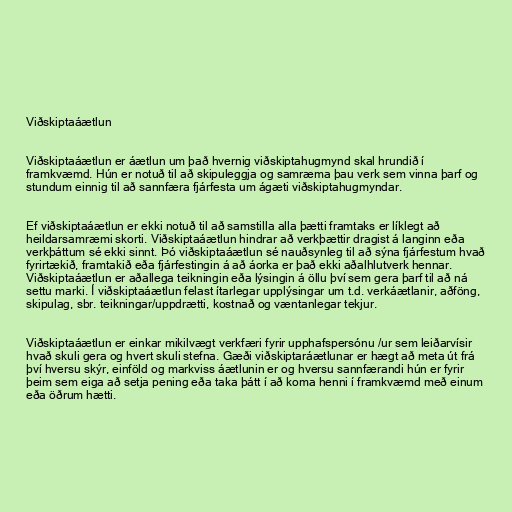
Viðskiptaáætlun

Viðskiptaáætlun er áætlun um það hvernig viðskiptahugmynd skal hrundið í
framkvæmd. Hún er notuð til að skipuleggja og samræma þau verk sem vinna þarf og
stundum einnig til að sannfæra fjárfesta um ágæti viðskiptahugmyndar.

Ef viðskiptaáætlun er ekki notuð til að samstilla alla þætti framtaks er líklegt að
heildarsamræmi skorti. Viðskiptaáætlun hindrar að verkþættir dragist á langinn eða
verkþáttum sé ekki sinnt. Þó viðskiptaáætlun sé nauðsynleg til að sýna fjárfestum hvað
fyrirtækið, framtakið eða fjárfestingin á að áorka er það ekki aðalhlutverk hennar.
Viðskiptaáætlun er aðallega teikningin eða lýsingin á öllu því sem gera þarf til að ná
settu marki. Í viðskiptaáætlun felast ítarlegar upplýsingar um t.d. verkáætlanir, aðföng,
skipulag, sbr. teikningar/uppdrætti, kostnað og væntanlegar tekjur.

Viðskiptaáætlun er einkar mikilvægt verkfæri fyrir upphafspersónu /ur sem leiðarvísir
hvað skuli gera og hvert skuli stefna. Gæði viðskiptaráætlunar er hægt að meta út frá
því hversu skýr, einföld og markviss áætlunin er og hversu sannfærandi hún er fyrir
þeim sem eiga að setja pening eða taka þátt í að koma henni í framkvæmd með einum
eða öðrum hætti.